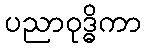
ပညာဝုဒ္ဓိကာ